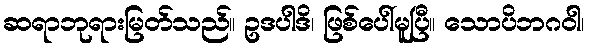
ဆရာဘုရားမြတ်သည်။ ဥဒပါဒိ၊ ဖြစ်ပေါ်မူပြီ။ သောပိဘဂဝါ၊